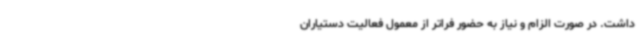
داشت. در صورت الزام و نیاز به حضور فراتر از معمول فعالیت دستیاران